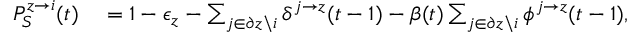
\begin{array} { r l } { P _ { S } ^ { z \rightarrow i } ( t ) } & { { } = 1 - \epsilon _ { z } - \sum _ { j \in \partial z \backslash i } \delta ^ { j \rightarrow z } ( t - 1 ) - \beta ( t ) \sum _ { j \in \partial z \backslash i } { \phi ^ { j \rightarrow z } ( t - 1 ) } , } \end{array}